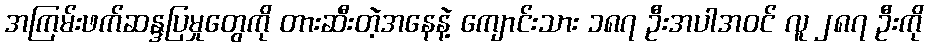
အကြမ်းဖက်ဆန္ဒပြမှုတွေကို တားဆီးတဲ့အနေနဲ့ ကျောင်းသား ၁၈၇ ဦးအပါအဝင် လူ ၂၈၇ ဦးကို